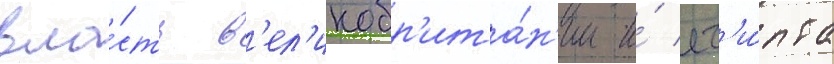
вла́сть в'ел'икобр'ита́н'ии и́ ег'и́пта